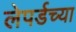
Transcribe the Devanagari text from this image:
लेपर्डच्या